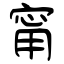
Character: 甯